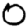
Digit: 0